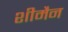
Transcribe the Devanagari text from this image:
शीमैन